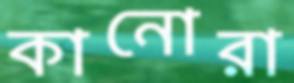
কানোরা